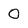
Character: 0